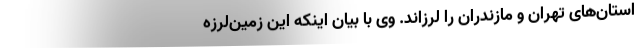
استان‌های تهران و مازندران را لرزاند. وی با بیان اینکه این زمین‌لرزه